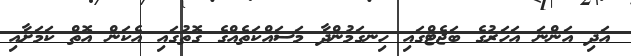
އަދި އަންނަ އަހަރުގެ ބަޖެޓްގައި ހިނގަމުންދާ މަސައްކަތެއްގެ ގޮތުގައި އެކަން އޮތް ކަމަށާއި